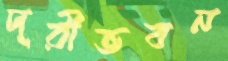
দূরীভবন